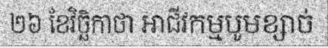
២៦ ខែវិច្ឆិកាថា អាជីវកម្មបូមខ្សាច់